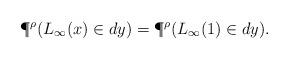
LaTeX: \begin{align*} \P^{\rho}( L_\infty(x)\in dy)= \P^{\rho}( L_\infty(1)\in dy).\end{align*}